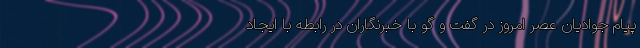
پیام جوادیان عصر امروز در گفت و گو با خبرنگاران در رابطه با ایجاد